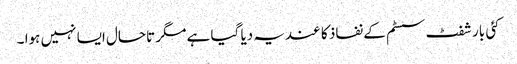
کئی بار شفٹ سسٹم کے نفاذ کا عندیہ دیا گیا ہے مگر تاحال ایسا نہیں ہوا ۔